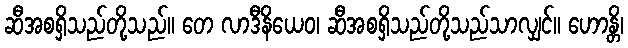
ဆီအစရှိသည်တို့သည်။ တေ လာဒီနိယေဝ၊ ဆီအစရှိသည်တို့သည်သာလျှင်။ ဟောန္တိ၊